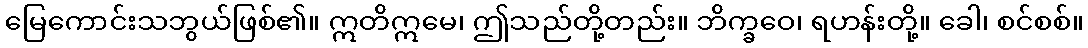
မြေကောင်းသဘွယ်ဖြစ်၏။ ဣတိဣမေ၊ ဤသည်တို့တည်း။ ဘိက္ခဝေ၊ ရဟန်းတို့။ ခေါ၊ စင်စစ်။